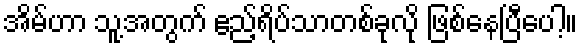
အိမ်ဟာ သူ့အတွက် ဧည့်ရိပ်သာတစ်ခုလို ဖြစ်နေပြီပေါ့။